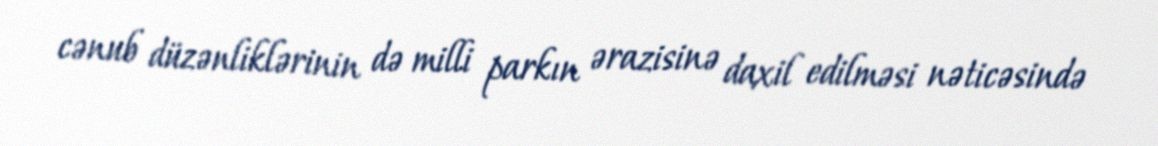
cənub düzənliklərinin də milli parkın ərazisinə daxil edilməsi nəticəsində